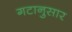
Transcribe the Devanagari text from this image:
गटानुसार